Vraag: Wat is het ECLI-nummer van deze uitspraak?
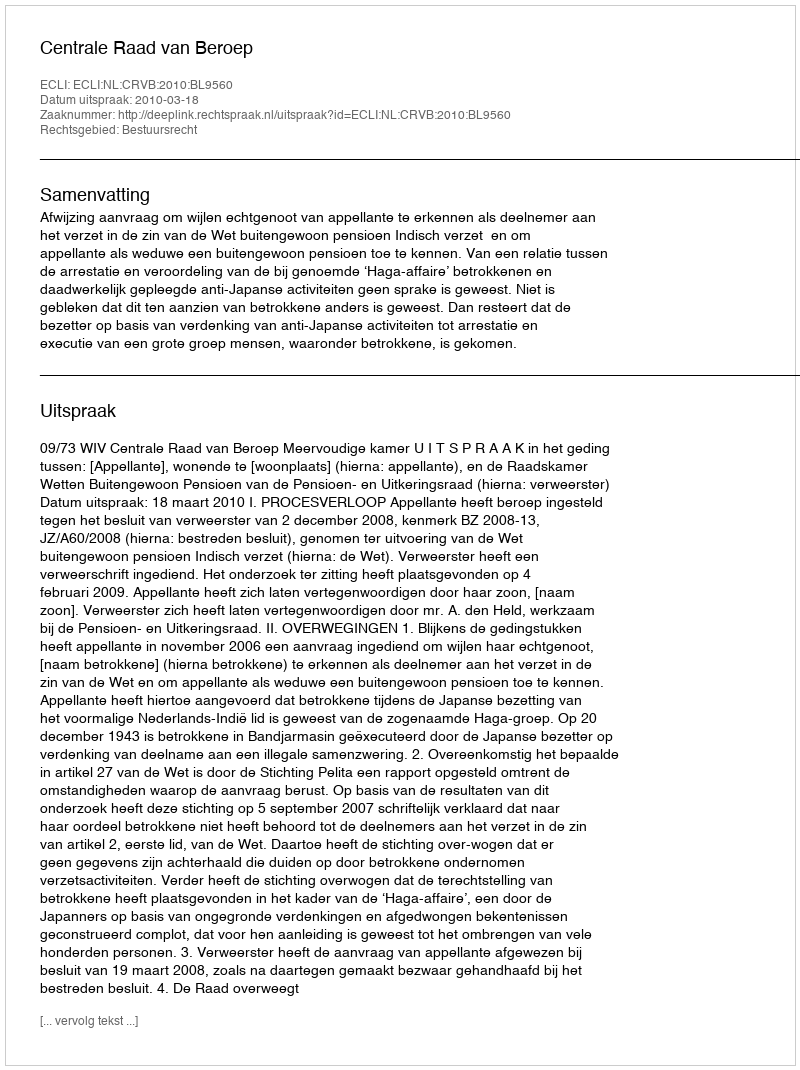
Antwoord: ECLI:NL:CRVB:2010:BL9560